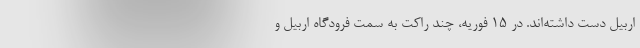
اربیل دست داشته‌اند. در ۱۵ فوریه، چند راکت به سمت فرودگاه اربیل و